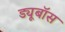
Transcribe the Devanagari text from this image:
ड्यूबॉस